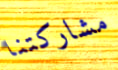
مشاركتنا